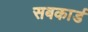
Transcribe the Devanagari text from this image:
सबकार्ड